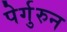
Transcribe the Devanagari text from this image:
पेर्गुरुन